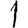
Digit: 1